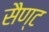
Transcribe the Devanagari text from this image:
सैण्ट